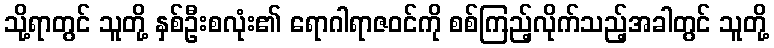
သို့ရာတွင် သူတို့ နှစ်ဦးစလုံး၏ ရောဂါရာဇဝင်ကို စစ်ကြည့်လိုက်သည့်အခါတွင် သူတို့